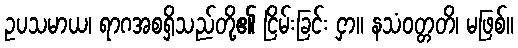
ဥပသမာယ၊ ရာဂအစရှိသည်တို့၏ ငြိမ်းခြင်း ငှာ။ နသံဝတ္တတိ၊ မဖြစ်။